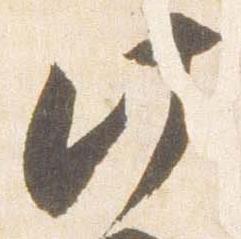
此